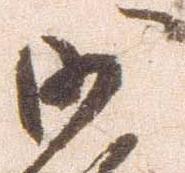
沙